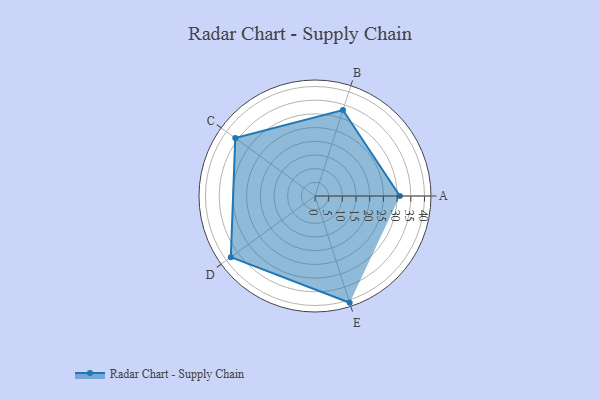
{"axis": {"x": "Skill", "y": "Score"}, "legend": ["Profile"], "data": [{"x": "A", "y": 31.0, "type": "Profile"}, {"x": "B", "y": 33.0, "type": "Profile"}, {"x": "C", "y": 36.0, "type": "Profile"}, {"x": "D", "y": 38.0, "type": "Profile"}, {"x": "E", "y": 41.0, "type": "Profile"}]}